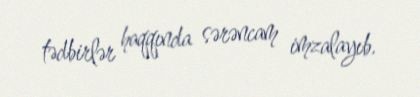
tədbirlər haqqında sərəncam imzalayıb.